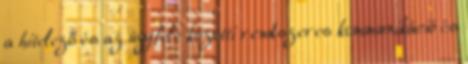
a hitelező és az ügyfele közötti rendszeres kommunikáció és